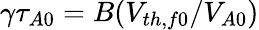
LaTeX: \gamma\tau_{A0}=B(V_{th,f0}/V_{A0})